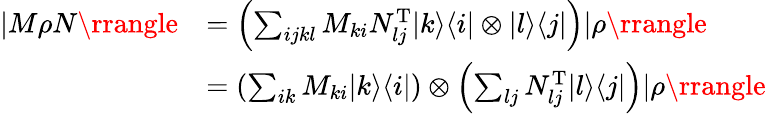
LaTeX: \begin{array}{rl}{|M\rho N\rrangle}&{=\left(\sum_{ijkl}M_{ki}N_{lj}^{\mathrm{T}}|k\rangle\langle i|\otimes|l\rangle\langle j|\right)|\rho\rrangle}\\ &{=\left(\sum_{ik}M_{ki}|k\rangle\langle i|\right)\otimes\left(\sum_{lj}N_{lj}^{\mathrm{T}}|l\rangle\langle j|\right)|\rho\rrangle}\end{array}